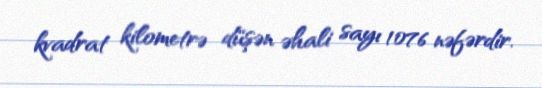
kvadrat kilometrə düşən əhali sayı 1076 nəfərdir.